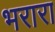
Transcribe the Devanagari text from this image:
भरारा